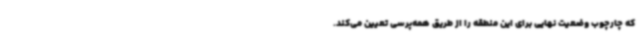
که چارچوب وضعیت نهایی برای این منطقه را از طریق همه‌پرسی تعیین می‌کند.